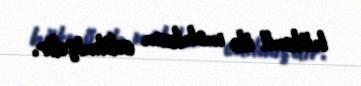
hökmü ilə məhkum edilmişdir.